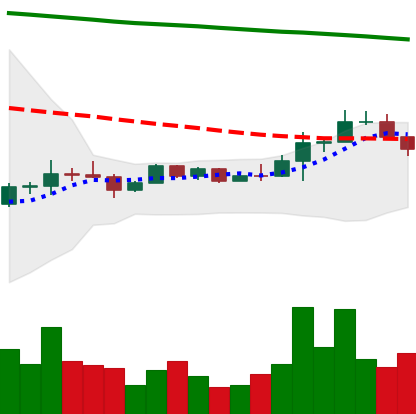
Ticker: EOS-USD
Chart end date: 2022-12-12
Forward return: -9.198%
Label: down_7plus